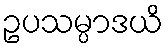
ဥပသမ္ပာဒယိ